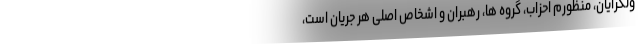
ولگرایان، منظورم احزاب، گروه ها، رهبران و اشخاص اصلی هر جریان است،